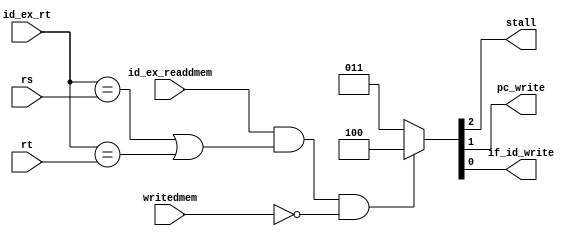
module stall_control (
    input wire id_ex_readdmem,
    input wire writedmem,
    input wire [4:0] id_ex_rt,
    input wire [4:0] rs,rt,

    output wire stall,pc_write,if_id_write
);
wire x,y,z;
/*
if ((id_ex_readdmem == 1) and ((id_ex_rt == rs) or (id_ex_rt == rt)))
    then stall
*/
assign x = id_ex_readdmem == 1;
assign y = (id_ex_rt == rs) | (id_ex_rt == rt);
assign z = x & y & ~writedmem;

assign {stall,pc_write,if_id_write} = (z==1) ? 3'b100 : 3'b011;

endmodule